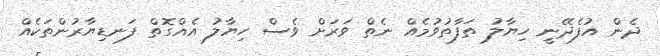
ދެން އުފެދޭނީ ހިޔާލު ތަފާތުވުމެއް ނެތް ވަރަށް ވެސް ހިޔާލު އެއްގޮތް ފަނޑިޔާރުންތަކެއް